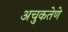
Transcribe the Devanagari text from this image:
अचुकतेणे